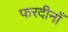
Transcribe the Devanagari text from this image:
फरदीनाँ